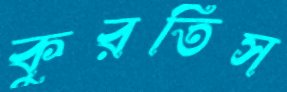
কুরতিস